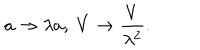
a \to \lambda a , \ V \to \frac { V } { \lambda ^ { 2 } } .